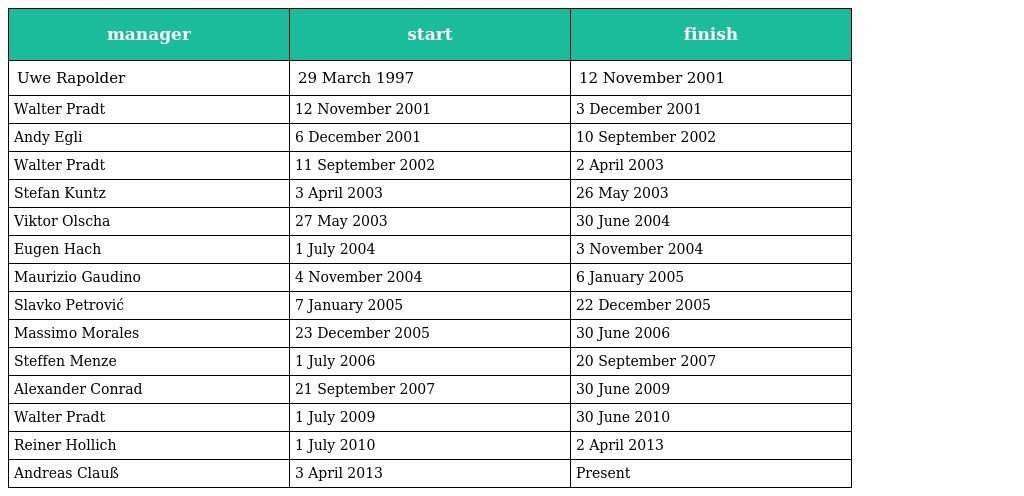
| manager | start | finish |
 | --- | --- | --- |
 | Uwe Rapolder | 29 March 1997 | 12 November 2001 |
 | Walter Pradt | 12 November 2001 | 3 December 2001 |
 | Andy Egli | 6 December 2001 | 10 September 2002 |
 | Walter Pradt | 11 September 2002 | 2 April 2003 |
 | Stefan Kuntz | 3 April 2003 | 26 May 2003 |
 | Viktor Olscha | 27 May 2003 | 30 June 2004 |
 | Eugen Hach | 1 July 2004 | 3 November 2004 |
 | Maurizio Gaudino | 4 November 2004 | 6 January 2005 |
 | Slavko Petrović | 7 January 2005 | 22 December 2005 |
 | Massimo Morales | 23 December 2005 | 30 June 2006 |
 | Steffen Menze | 1 July 2006 | 20 September 2007 |
 | Alexander Conrad | 21 September 2007 | 30 June 2009 |
 | Walter Pradt | 1 July 2009 | 30 June 2010 |
 | Reiner Hollich | 1 July 2010 | 2 April 2013 |
 | Andreas Clauß | 3 April 2013 | Present |